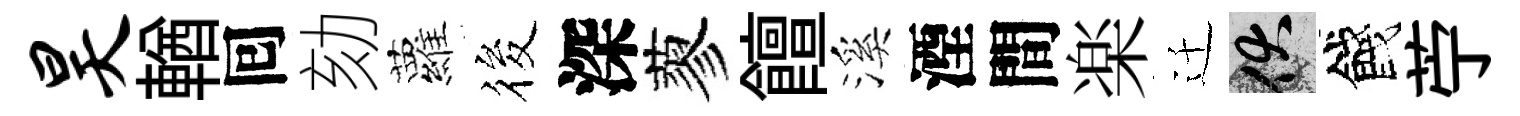
昊輶囘劾蘿筱深蓼饘溪湮間楽迁伏餞苧